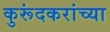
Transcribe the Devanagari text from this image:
कुरूंदकरांच्या